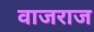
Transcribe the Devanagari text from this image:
वाजराज